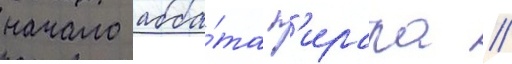
начало абба́та п'ирара //